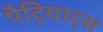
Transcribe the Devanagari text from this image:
पैट्रियाट्स